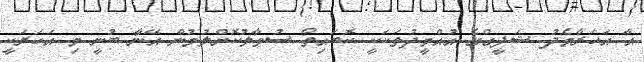
އާ އަހަރާމެދު ޝަފީގްގެ އުއްމީދުތަކަކީ ކޮބައިތޯ ސުވާލުކޮށްލުމުން އޭނާ ބުނީ މި އަހަރަކީ